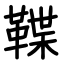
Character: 鞢